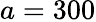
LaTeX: a=300